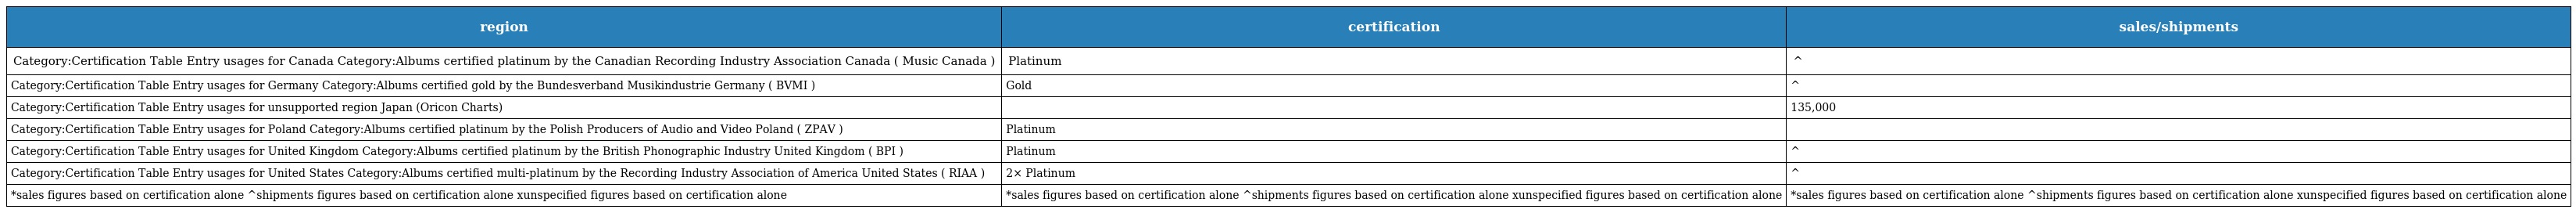
| region | certification | sales/shipments |
 | --- | --- | --- |
 | Category:Certification Table Entry usages for Canada Category:Albums certified platinum by the Canadian Recording Industry Association Canada ( Music Canada ) | Platinum | ^ |
 | Category:Certification Table Entry usages for Germany Category:Albums certified gold by the Bundesverband Musikindustrie Germany ( BVMI ) | Gold | ^ |
 | Category:Certification Table Entry usages for unsupported region Japan (Oricon Charts) |  | 135,000 |
 | Category:Certification Table Entry usages for Poland Category:Albums certified platinum by the Polish Producers of Audio and Video Poland ( ZPAV ) | Platinum |  |
 | Category:Certification Table Entry usages for United Kingdom Category:Albums certified platinum by the British Phonographic Industry United Kingdom ( BPI ) | Platinum | ^ |
 | Category:Certification Table Entry usages for United States Category:Albums certified multi-platinum by the Recording Industry Association of America United States ( RIAA ) | 2× Platinum | ^ |
 | *sales figures based on certification alone ^shipments figures based on certification alone xunspecified figures based on certification alone | *sales figures based on certification alone ^shipments figures based on certification alone xunspecified figures based on certification alone | *sales figures based on certification alone ^shipments figures based on certification alone xunspecified figures based on certification alone |